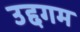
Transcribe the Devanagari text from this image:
उद्दगम